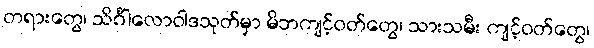
တရားတွေ၊ သိင်္ဂါလောဝါဒသုတ်မှာ မိဘကျင့်ဝတ်တွေ၊ သားသမီး ကျင့်ဝတ်တွေ၊